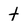
Character: t